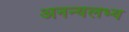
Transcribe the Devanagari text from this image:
अनन्यलभ्य